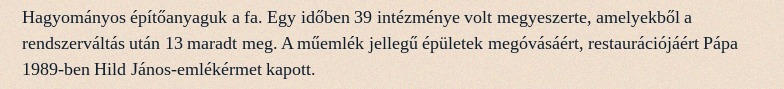
Hagyományos építőanyaguk a fa. Egy időben 39 intézménye volt megyeszerte, amelyekből a rendszerváltás után 13 maradt meg. A műemlék jellegű épületek megóvásáért, restaurációjáért Pápa 1989-ben Hild János-emlékérmet kapott.